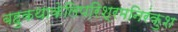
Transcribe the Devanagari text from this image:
बहुकथाकेलिपरिश्रमनिरंकुश